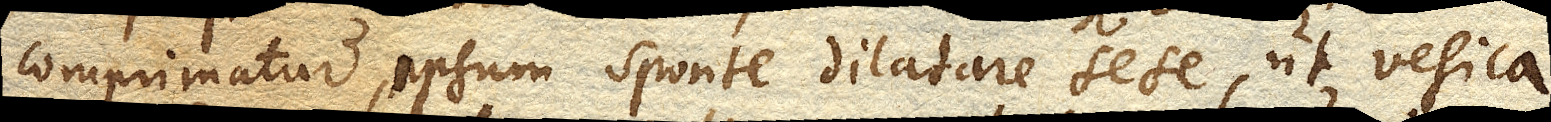
comprimatur, ipsum sponte dilatare sese, ut vesica